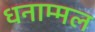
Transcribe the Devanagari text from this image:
धनाम्मल